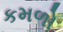
કમળો